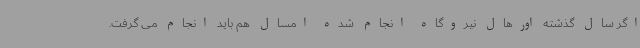
اگر سال گذشته اورهال نیروگاه انجام شده امسال هم باید انجام می گرفت.